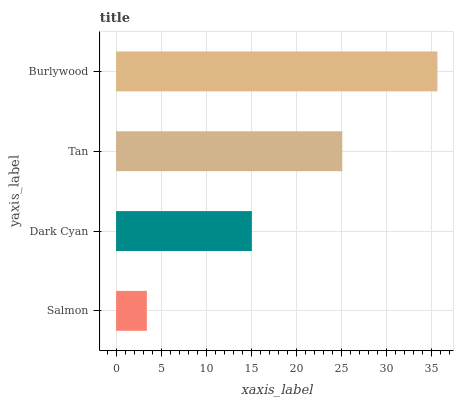
| yaxis_label | bars |
 | --- | --- |
 | Salmon | 3.42 |
 | Dark Cyan | 15.1 |
 | Tan | 25.1 |
 | Burlywood | 35.6 |